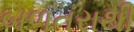
બળતરાથી